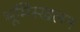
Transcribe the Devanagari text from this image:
भूमिस्खलन